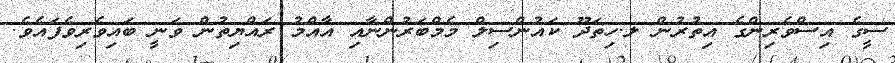
ސީގެ އިސްވެރިންގެ އިތުރުން ލ.ހިތަދޫ ކައުންސިލް މެމްބަރުންނާއި އާއްމު ރައްޔިތުން ވަނީ ބައިވެރިވެފައެވެ.